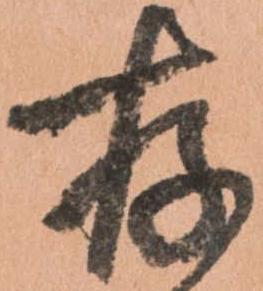
存